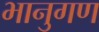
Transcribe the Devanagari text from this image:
भानुगण